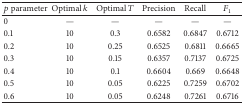
| p parameter | Optimal k | Optimal T | Precision | Recall | F1 |
 | --- | --- | --- | --- | --- | --- |
 | 0 | — | — | — | — | — |
 | 0.1 | 10 | 0.3 | 0.6582 | 0.6847 | 0.6712 |
 | 0.2 | 10 | 0.25 | 0.6525 | 0.6811 | 0.6665 |
 | 0.3 | 10 | 0.15 | 0.6357 | 0.7137 | 0.6725 |
 | 0.4 | 10 | 0.1 | 0.6604 | 0.669 | 0.6648 |
 | 0.5 | 10 | 0.05 | 0.6225 | 0.7259 | 0.6702 |
 | 0.6 | 10 | 0.05 | 0.6248 | 0.7261 | 0.6716 |